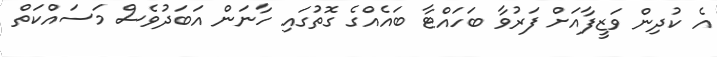
އެ ކުދިން ވަޒީފާއަށް ފަރުވާ ބަހައްޓާ ބައެއްގެ ގޮތުގައި ހާނަން އަބަދުވެސް މަސައްކަތް